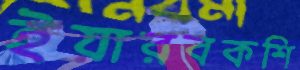
ইয়ারবকশি